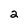
Character: 2